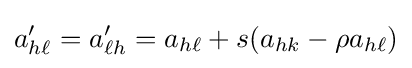
a'_{h\ell }=a'_{\ell h}=a_{h\ell }+s(a_{hk}-\rho a_{h\ell })\,\!